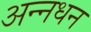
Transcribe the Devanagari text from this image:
अन्‍नधन